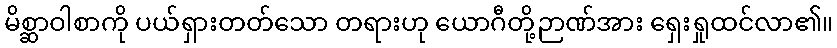
မိစ္ဆာဝါစာကို ပယ်ရှားတတ်သော တရားဟု ယောဂီတို့ဉာဏ်အား ရှေးရှုထင်လာ၏။